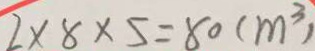
2 \times 8 \times 5 = 8 0 ( m ^ { 3 } )